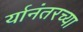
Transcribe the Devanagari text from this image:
र्यानंतरच्या